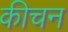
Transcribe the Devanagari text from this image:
कीचन